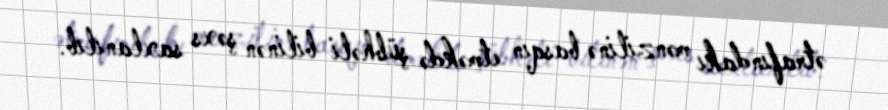
ətrafındakı mənzilinə basqın etməkdə şübhəli bilinən şəxs saxlanılıb.